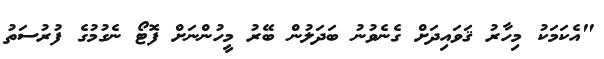
"އެކަމަކު މިހާރު ޤަވައިދަށް ގެނެވުނު ބަދަލުން ބޭރު މީހުންނަށް ފޮޓޯ ނެގުމުގެ ފުރުސަތު